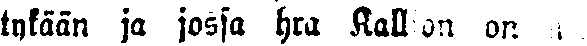
tykään ja jossa hra Kallion on mää